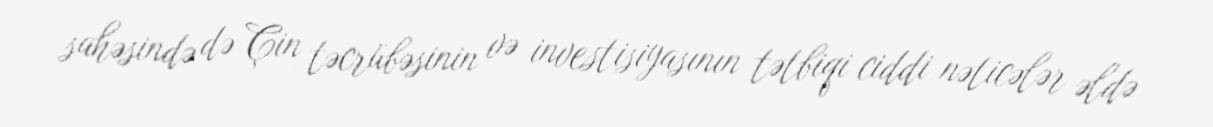
sahəsində də Çin təcrübəsinin və investisiyasının tətbiqi ciddi nəticələr əldə